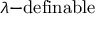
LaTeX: \lambda { \mathrm { - d e f i n a b l e } }